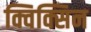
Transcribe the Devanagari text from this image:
क्विक्सिन